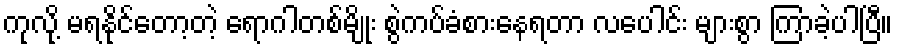
ကုလို့ မရနိုင်တော့တဲ့ ရောဂါတစ်မျိုး စွဲကပ်ခံစားနေရတာ လပေါင်း များစွာ ကြာခဲ့ပါပြီ။